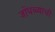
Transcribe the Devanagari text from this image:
जोंधळ्याची